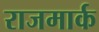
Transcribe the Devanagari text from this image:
राजमार्क